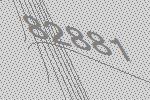
82881